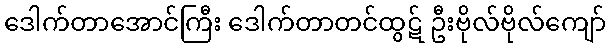
ဒေါက်တာအောင်ကြီး ဒေါက်တာတင်ထွဋ် ဦးဗိုလ်ဗိုလ်ကျော်